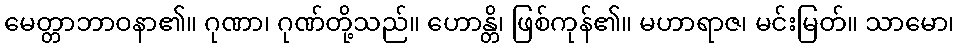
မေတ္တာဘာဝနာ၏။ ဂုဏာ၊ ဂုဏ်တို့သည်။ ဟောန္တိ၊ ဖြစ်ကုန်၏။ မဟာရာဇ၊ မင်းမြတ်။ သာမော၊